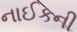
નાઈકની